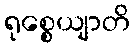
ရုစ္စေယျာတိ